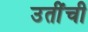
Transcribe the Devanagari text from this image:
उतींची